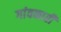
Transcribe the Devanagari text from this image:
गांवकारी